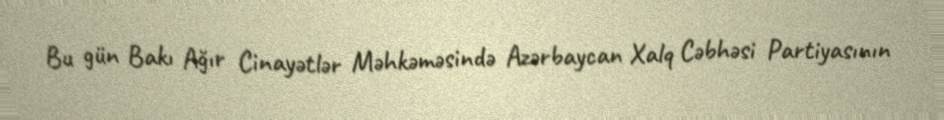
Bu gün Bakı Ağır Cinayətlər Məhkəməsində Azərbaycan Xalq Cəbhəsi Partiyasının